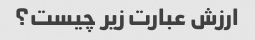
ارزش عبارت زیر چیست؟